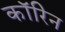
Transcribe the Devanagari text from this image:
कॉरिन